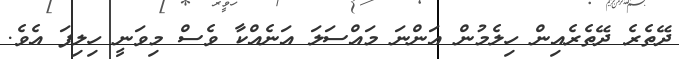
ދޭތެރެ ދޭތެރެއިން ހިލެމުން އަންނަ މައްސަލަ އަނެއްކާ ވެސް މިވަނީ ހިލިފަ އެވެ.